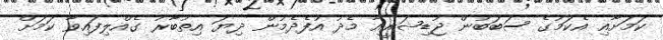
ކަމަށާއި އެކަމުގެ ސަބަބުން ޖުޑިޝަރީއާ މެދު އުފެދެމުން ދިޔަ އިތުބާރު ގެއްލިފައިވާ ކަމަށް